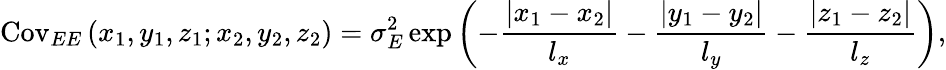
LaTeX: \mathrm{Cov}_{EE}\left(x_{1},y_{1},z_{1};x_{2},y_{2},z_{2}\right)=\sigma_{E}^{2}\exp\left({-\frac{{\left|x_{1}-x_{2}\right|}}{l_{x}}-\frac{{\left|y_{1}-y_{2}\right|}}{l_{y}}-\frac{{\left|z_{1}-z_{2}\right|}}{l_{z}}}\right),